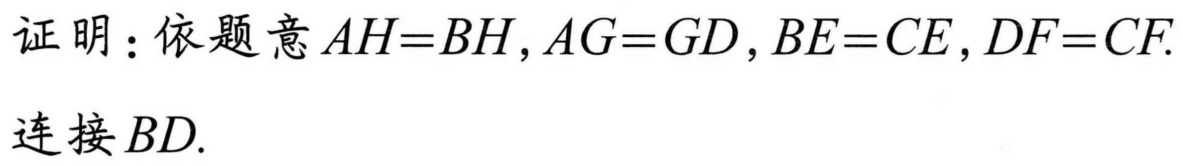
证明：依题意\(AH = BH,AG = GD,BE = CE,DF = CF.\)
连接\(BD.\)